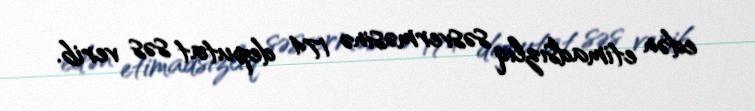
edən etimadsızlıq səsverməsinə 174 deputat səs verib.